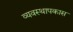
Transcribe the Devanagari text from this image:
व्यवस्थापकास